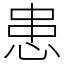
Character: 患